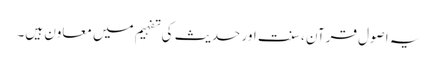
یہ اصول قرآن ، سنت اور حدیث کی تفہیم میں معاون ہیں۔